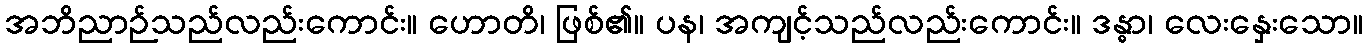
အဘိညာဉ်သည်လည်းကောင်း။ ဟောတိ၊ ဖြစ်၏။ ပန၊ အကျင့်သည်လည်းကောင်း။ ဒန္ဓာ၊ လေးနှေးသော။